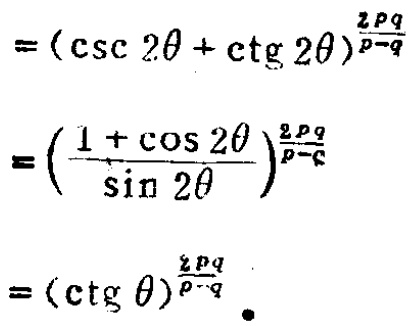
\[
\begin{align*}
&=(\csc 2\theta+\ctg 2\theta)^{\frac{2pq}{p - q}}\\
&=\left(\frac{1 + \cos 2\theta}{\sin 2\theta}\right)^{\frac{2pq}{p - q}}\\
&=(\ctg\theta)^{\frac{2pq}{p - q}}.
\end{align*}
\]